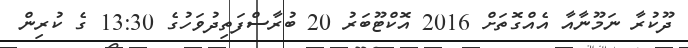
ދޫކުރާ ނަމޫނާއާ އެއްގޮތަށް 2016 އޮކްޓޫބަރު 20 ބުރާސްފަތިދުވަހުގެ 13:30 ގެ ކުރިން